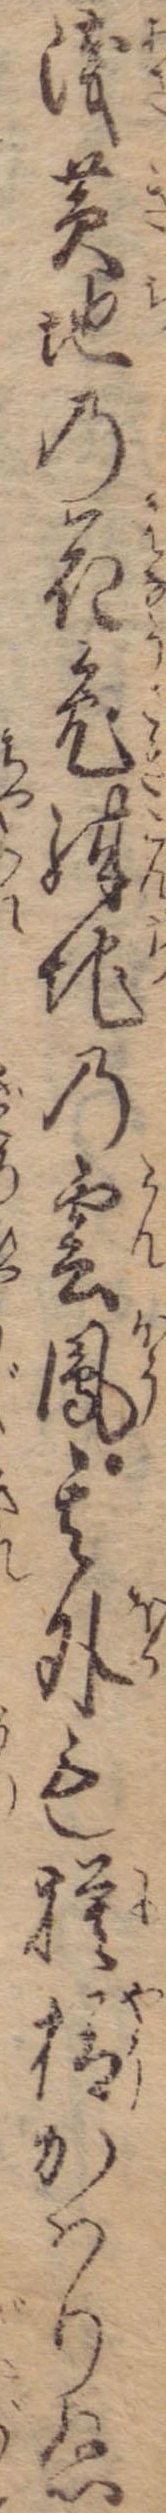
浅黄地の花兎紺地の雲鳳其外も模様かはりぬ